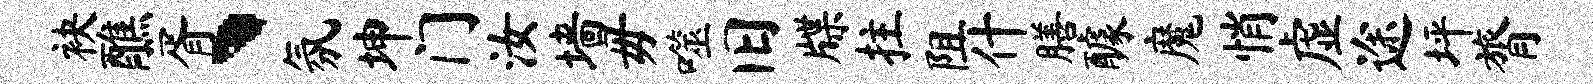
袂醮胥、氛坤门汝墙毋噬旧牒拄阻什膳醵魔悄虚途坪膂